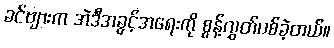
ခင်ဗျားက အဲဒီအခွင့်အရေးကို စွန့်လွှတ်ပစ်ခဲ့တယ်။